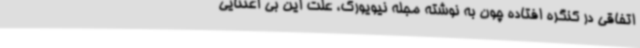
اتفاقی در کنگره افتاده چون به نوشته مجله نیویورک، علت این بی اعتنایی